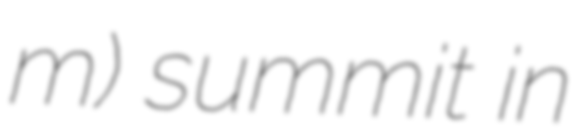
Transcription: m) summit in